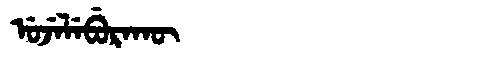
Manchu: ᡠᠵᡝᠯᡝᠪᡠᡵᠠᡴᡡ
Romanization: UJELEBURAKŪ